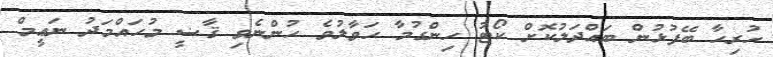
ހުރިހާ ބޭފުޅުން ބައްދަލުކޮށް ކޯޓު ހިންގުމާ ޙަވާލުވެ ހުންނެވި ޤާޟީ މުޙައްމަދު ނަޢީމް